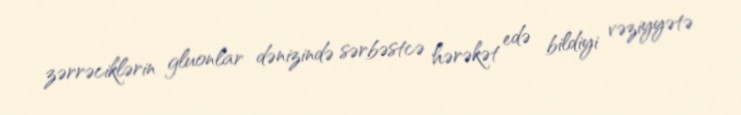
zərrəciklərin gluonlar dənizində sərbəstcə hərəkət edə bildiyi vəziyyətə